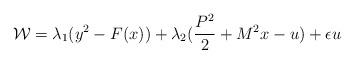
\begin{align*}{\cal W}=\lambda_{1}(y^{2}-F(x))+\lambda_{2}(\frac{P^{2}}{2}+M^{2}x-u)+ \epsilon u \end{align*}